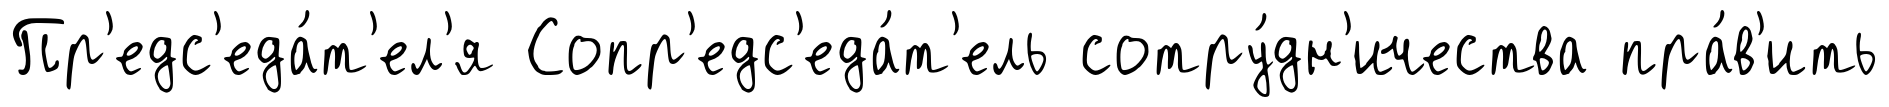
Пр'едс'еда́т'ел'я Сопр'едс'еда́т'ель сотру́дн'ичества пра́в'ить